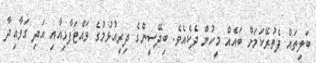
ބަލިތައް ފެތުރޭކަމަށް ބައެއް މީހުން ދެކެއެވެ. ބިދޭސީންގެ ދިރިއުޅުމުގެ ވައްޓަފާޅިއާއި އަދި ގަވާއިދާ